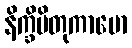
နိက္ခိပိတုကာမော